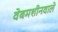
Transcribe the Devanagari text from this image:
वेबमशीनवाले